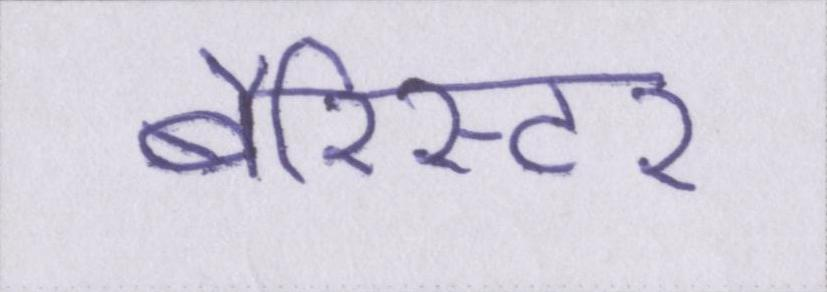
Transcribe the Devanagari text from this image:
बैरिस्टर